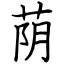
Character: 荫